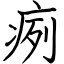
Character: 㾐